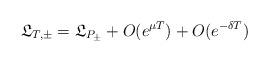
\begin{align*}\mathfrak L_{T,\pm}=\mathfrak L_{P_\pm}+O(e^{\mu T})+ O(e^{-\delta T})\end{align*}